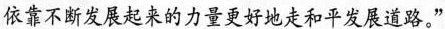
文化传统的传承和发展，也是中国人民从近代以后苦难遭遇